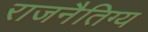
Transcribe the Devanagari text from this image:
राजनैतिग्य